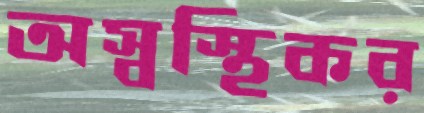
অস্বস্থিকর